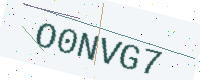
Text: O0NVG7